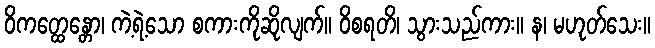
ဝိကတ္ထေန္တော၊ ကဲ့ရဲ့သော စကားကိုဆိုလျက်။ ဝိစရတိ၊ သွားသည်ကား။ န၊ မဟုတ်သေး။